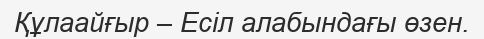
Құлаайғыр – Есіл алабындағы өзен.